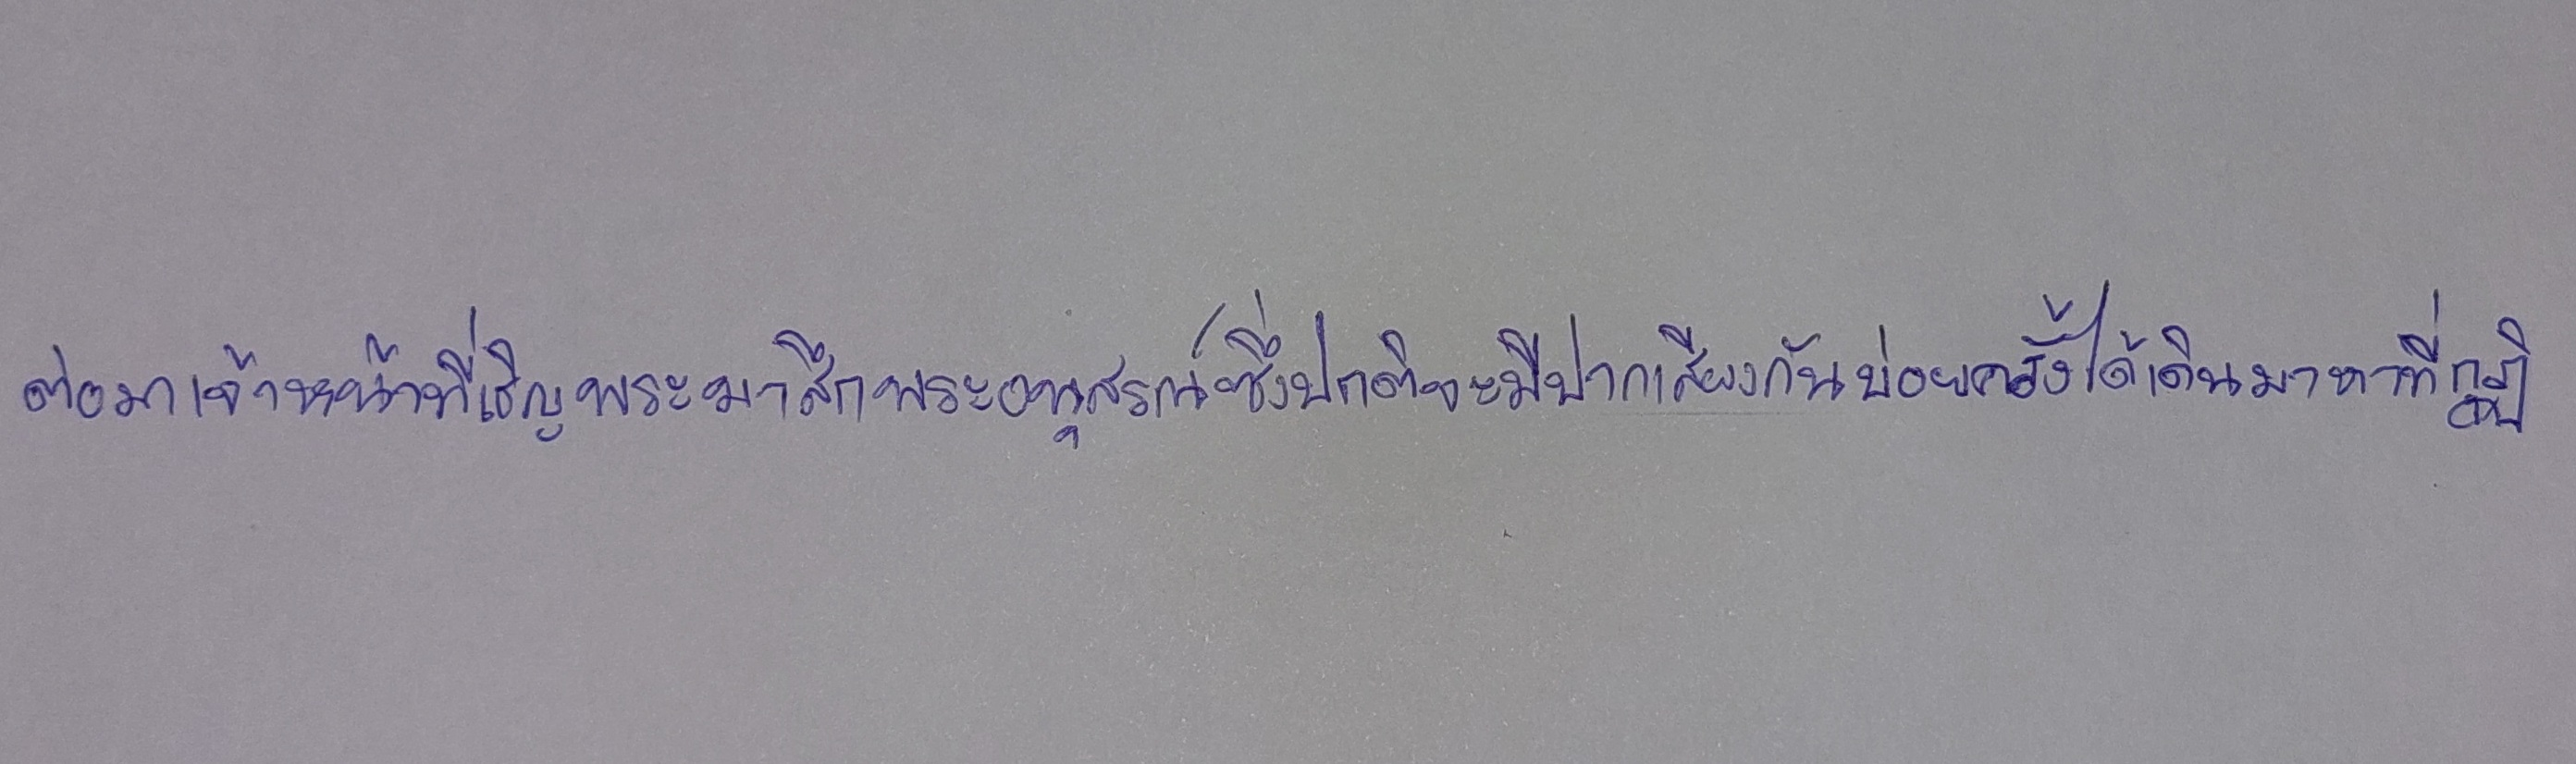
ต่อมาเจ้าหน้าที่เชิญพระมาสึกพระอนุสรณ์ซึ่งปกติจะมีปากเสียงกันบ่อยครั้งได้เดินมาหาที่กุฏิ